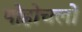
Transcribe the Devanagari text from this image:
पोहोचलो